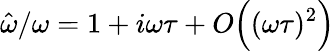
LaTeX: \hat{\omega}/\omega=1+i\omega\tau+O\Big((\omega\tau)^{2}\Big)